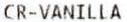
CR-VANILLA